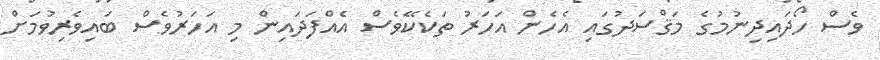
ވެސް ހޯދައިދިނުމުގެ މަޤްސަދުގައި އެހެން އަހަރު ތަކެކޭވެސް އެއްފަދައިން މި އަހަރުވެސް ބައިވެރިވުމަށް